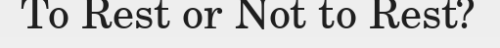
To Rest or Not to Rest?